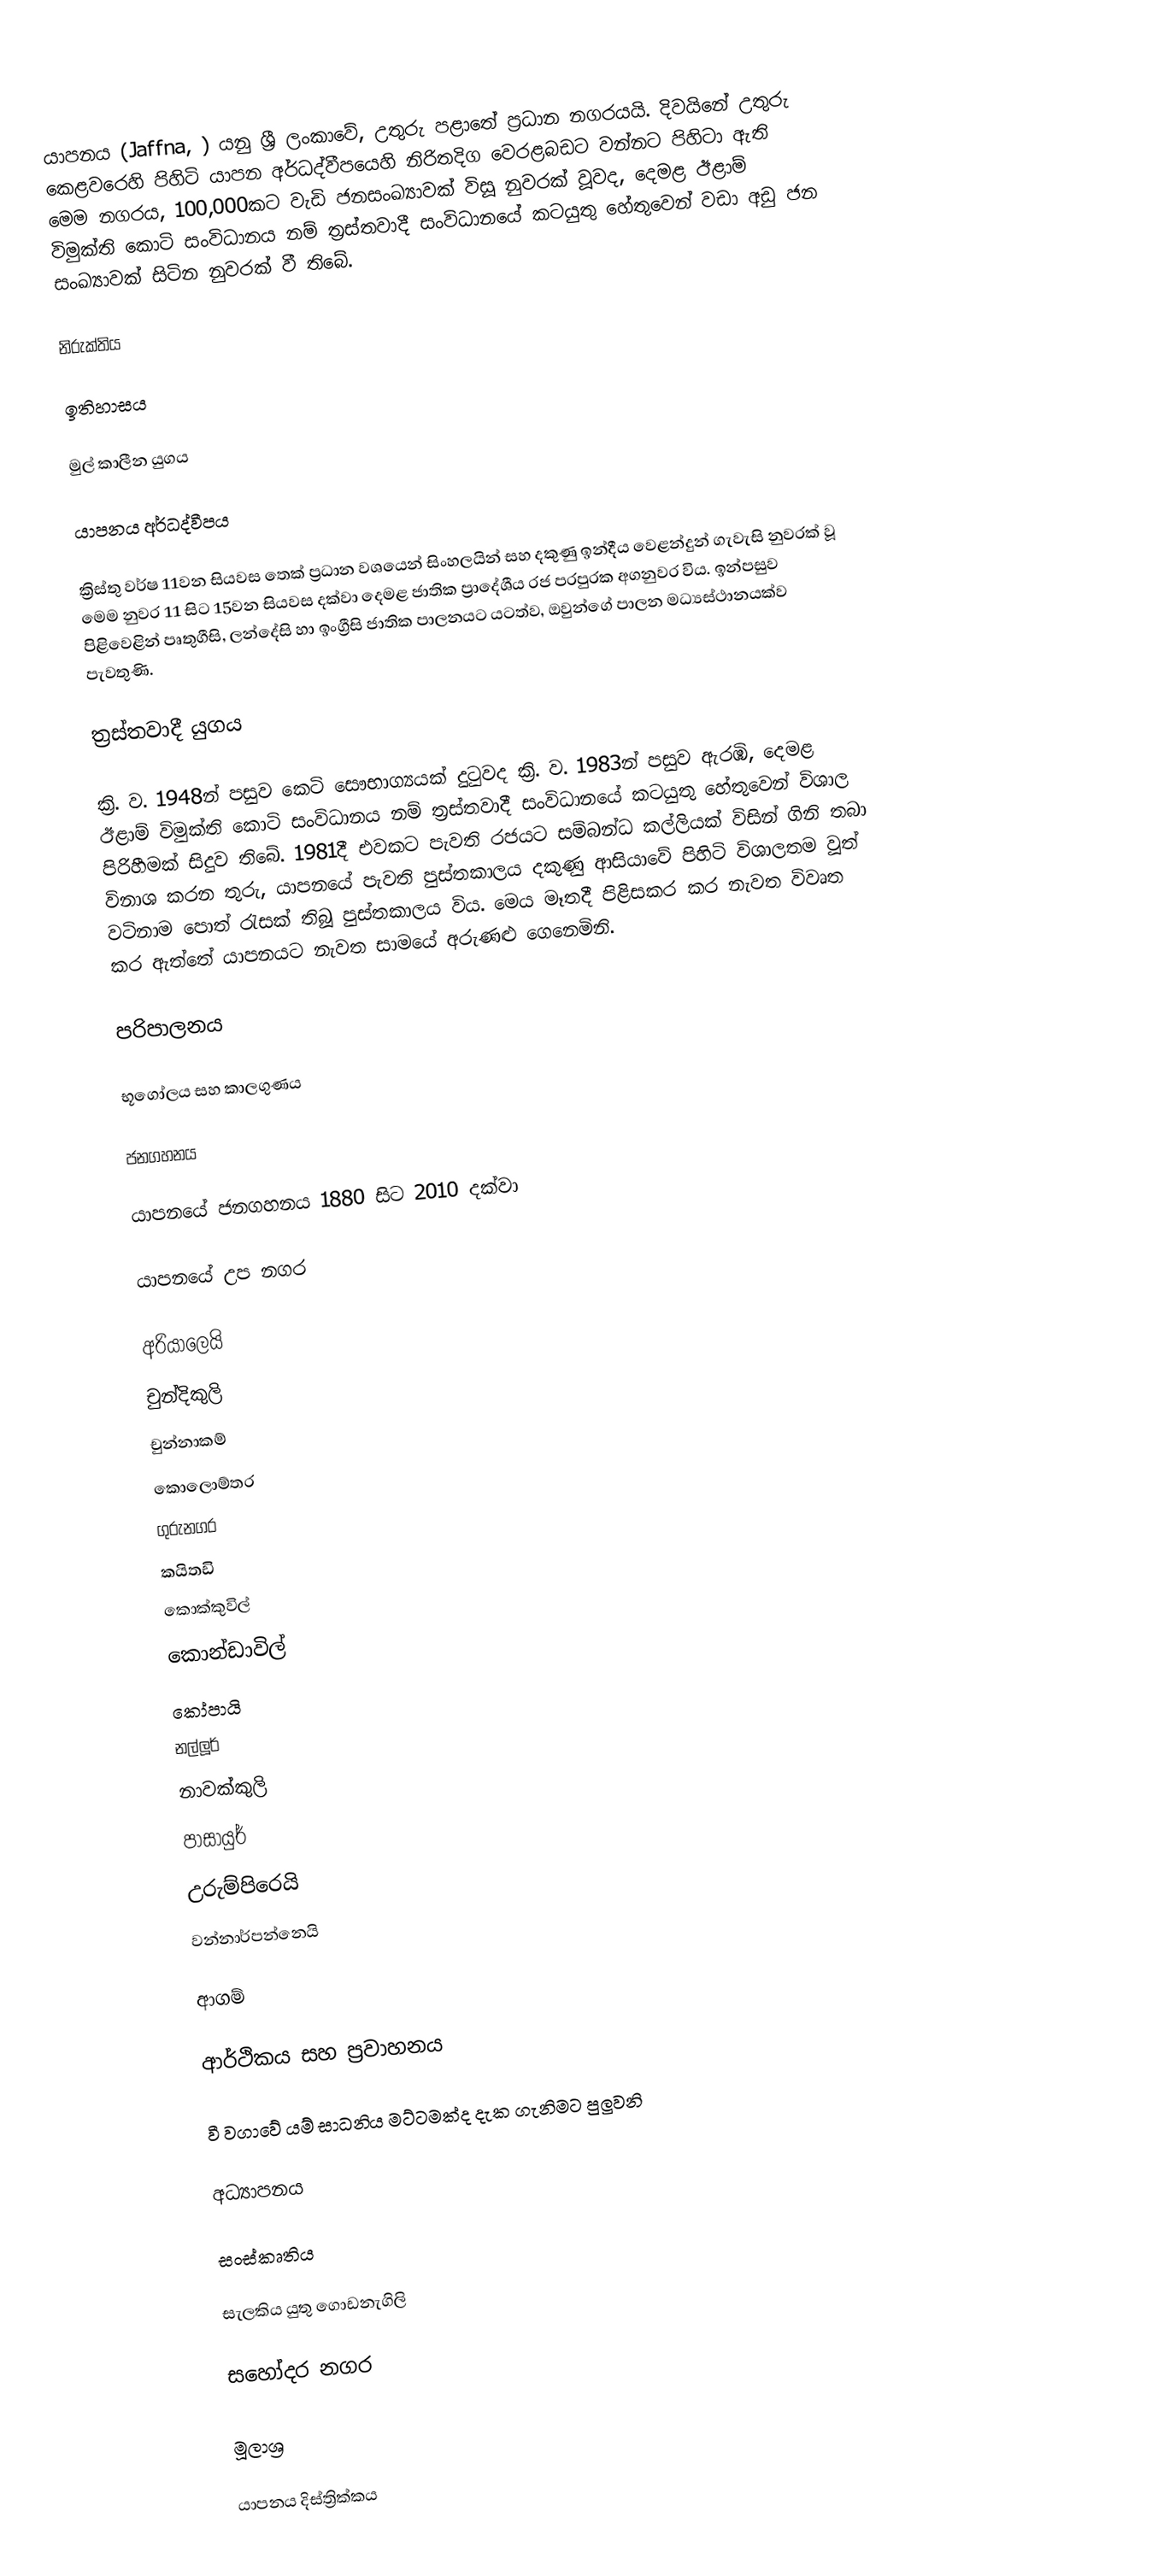
යාපනය (Jaffna, )  යනු ශ්‍රී ලංකාවේ, උතුරු පළාතේ ප්‍රධාන නග‍රයයි.  දිවයිනේ උතුරු කෙළවරෙහි පිහිටි යාපන අර්ධද්වීපයෙහි නිරිතදිග වෙරළබඩට වන්නට පිහිටා ඇති මෙම නග‍රය, 100,000කට වැඩි ජනසංඛ්‍යාවක් විසූ නුව‍රක් වූවද, දෙමළ ඊළාම් විමුක්ති කොටි සංවිධානය නම් ත්‍රස්තවාදී සංවිධානයේ කටයුතු හේතුවෙන් වඩා අඩු ජන සංඛ්‍යාවක් සිටින නුව‍රක් වී තිබේ.

නිරුක්තිය

ඉතිහාසය

මුල් කාලීන යුගය

යාපනය අර්ධද්වීපය

ක්‍රිස්තු වර්ෂ 11වන සියවස තෙක් ප්‍රධාන වශයෙන් සිංහලයින් සහ දකුණු ඉන්දීය වෙළන්දුන් ගැවැසි නුව‍රක් වූ මෙම නුව‍ර 11 සිට 15වන සියවස දක්වා දෙමළ ජාතික ප්‍රාදේශීය රජ ප‍රපුරක අගනුව‍ර විය. ඉන්පසුව පිළිවෙළින් පෘතුගීසි, ලන්දේසි හා ඉංග්‍රීසි ජාතික පාලනයට යටත්ව, ඔවුන්ගේ පාලන මධ්‍යස්ථානයක්ව පැවතුණි.

ත්‍රස්තවාදී යුගය

ක්‍රි. ව. 1948න් පසුව කෙටි සෞභාග්‍යයක් දුටුවද ක්‍රි. ව. 1983න් පසුව ඇරඹි, දෙමළ ඊළාම් විමුක්ති කොටි සංවිධානය නම් ත්‍රස්තවාදී සංවිධානයේ කටයුතු හේතුවෙන් විශාල පිරිහීමක් සිදුව තිබේ. 1981දී එවකට පැවති රජයට සම්බන්ධ කල්ලියක් විසින් ගිනි තබා විනාශ ක‍රන තුරු, යාපනයේ පැවති පුස්තකාලය දකුණු ආසියාවේ පිහිටි විශාලතම වූත් වටිනාම පොත් රැසක් තිබූ පුස්තකාලය විය. මෙය මෑතදී පිළිසක‍ර ක‍ර නැවත විවෘත ක‍ර ඇත්තේ යාපනයට නැවත සාමයේ අරුණළු ගෙනෙමිනි.

පරිපාලනය

භූගෝලය සහ කාලගුණය

ජනගහනය

යාපනයේ ජනගහනය 1880 සිට 2010 දක්වා

යාපනයේ උප නගර

 අරියාලෙයි
 චුන්දිකුලි
 චුන්නාකම්
 කොලොම්තර
 ගුරුනගර
 කයිතඩි
 කොක්කුවිල්
 කොන්ඩාවිල්
 කෝපායි
 නල්ලූර්
 නාවක්කුලි
 පාසායුර්
 උරුම්පිරෙයි
 වන්නාර්පන්නෙයි

ආගම්

ආර්ථිකය සහ ප්‍රවාහනය

 වී වගාවේ යම් සාධනිය මට්ටමක්ද දැක ගැනිමට පුලුවනි

අධ්‍යාපනය

සංස්කෘතිය

සැලකිය යුතු ගොඩනැගිලි

සහෝදර නගර

මූලාශ්‍ර

යාපනය දිස්ත්‍රික්කය